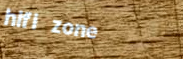
hifi zone